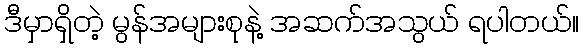
ဒီမှာရှိတဲ့ မွန်အများစုနဲ့ အဆက်အသွယ် ရပါတယ်။